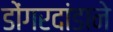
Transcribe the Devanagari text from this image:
डोंगरदांडाने